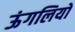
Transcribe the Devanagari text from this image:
ऊंगलियों